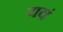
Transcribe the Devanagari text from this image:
यवं